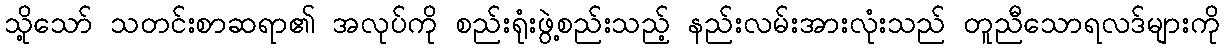
သို့သော် သတင်းစာဆရာ၏ အလုပ်ကို စည်းရုံးဖွဲ့စည်းသည့် နည်းလမ်းအားလုံးသည် တူညီသောရလဒ်များကို